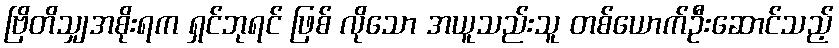
ဗြိတိသျှအစိုးရက ရှင်ဘုရင် ဖြစ် လိုသော အယူသည်းသူ တစ်ယောက်ဦးဆောင်သည့်